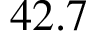
4 2 . 7